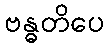
ဗန္ဓတိပေ